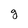
Character: g